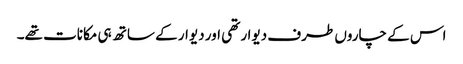
اس کے چاروں طرف دیوار تھی اور دیوار کے ساتھ ہی مکانات تھے۔